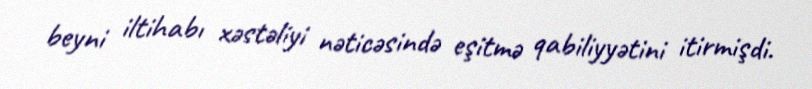
beyni iltihabı xəstəliyi nəticəsində eşitmə qabiliyyətini itirmişdi.